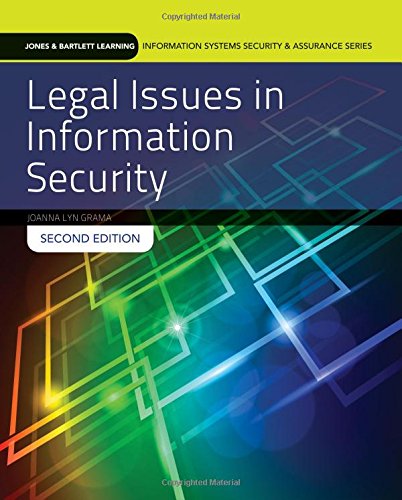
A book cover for Legal Issues In Information Security (Jones & Bartlett Learning Information Systems Security & Assurance Series); Joanna Lyn Grama; Computers & Technology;